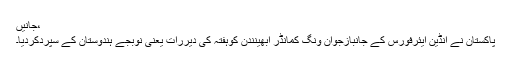
،جانیں
پاکستان نے انڈین ایئرفورس کے جانبازجوان ونگ کمانڈر ابھینندن کوہفتہ کی دیررات یعنی نوبجے ہندوستان کے سپردکردیا۔